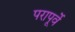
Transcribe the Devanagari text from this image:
परापूर्वे